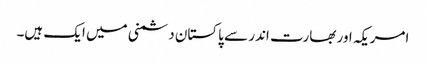
امریکہ اور بھارت اندر سے پاکستان دشمنی میں ایک ہیں۔